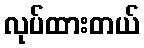
လုပ်ထားတယ်